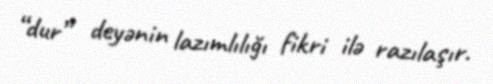
“dur” deyənin lazımlılığı fikri ilə razılaşır.